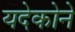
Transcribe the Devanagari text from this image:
यदेकोने